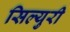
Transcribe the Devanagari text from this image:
सिल्युरी